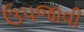
ઉપજાવી